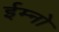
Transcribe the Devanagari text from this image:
ईम्नो